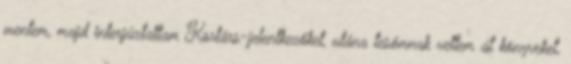
mentem, majd interjúztattam Kortárs-jelentkezőket, utána tesómnak vettem át könyveket,